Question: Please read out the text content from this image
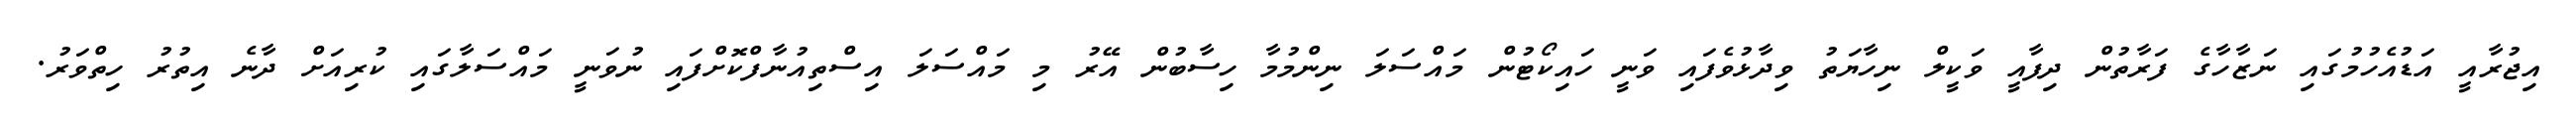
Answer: އިޖުރާއީ އަޑުއެހުމުގައި ނަޒާހާގެ ފަރާތުން ދިފާއީ ވަކީލް ނިހާޔަތު ވިދާޅުވެފައި ވަނީ ހައިކޯޓުން މައްސަލަ ނިންމުމާ ހިސާބުން އޭރު މި މައްސަލަ އިސްތިއުނާފްކޮށްފައި ނުވަނީ މައްސަލާގައި ކުރިއަށް ދާނެ އިތުރު ހިތްވަރު.